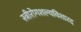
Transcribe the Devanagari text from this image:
स्त्रीरोगशल्यविशारद